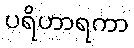
ပရိဟာရကာ